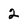
Character: 2